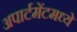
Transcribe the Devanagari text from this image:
अपार्टमेंटमध्ये